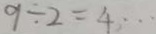
9 \div 2 = 4 \cdots